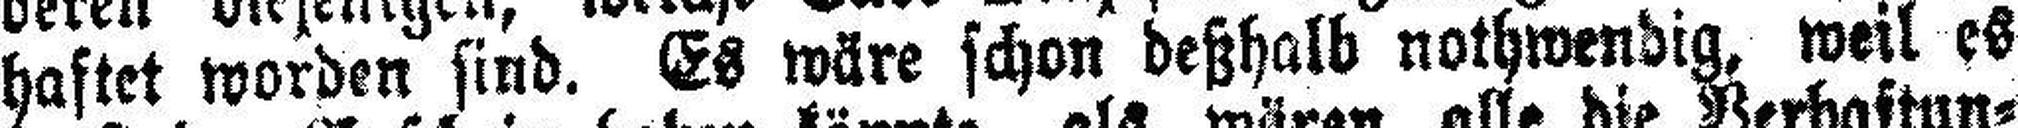
haftet worden sind. Es wäre schon deßhalb nothwendig, weil es